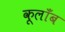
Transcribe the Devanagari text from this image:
कूलाँब